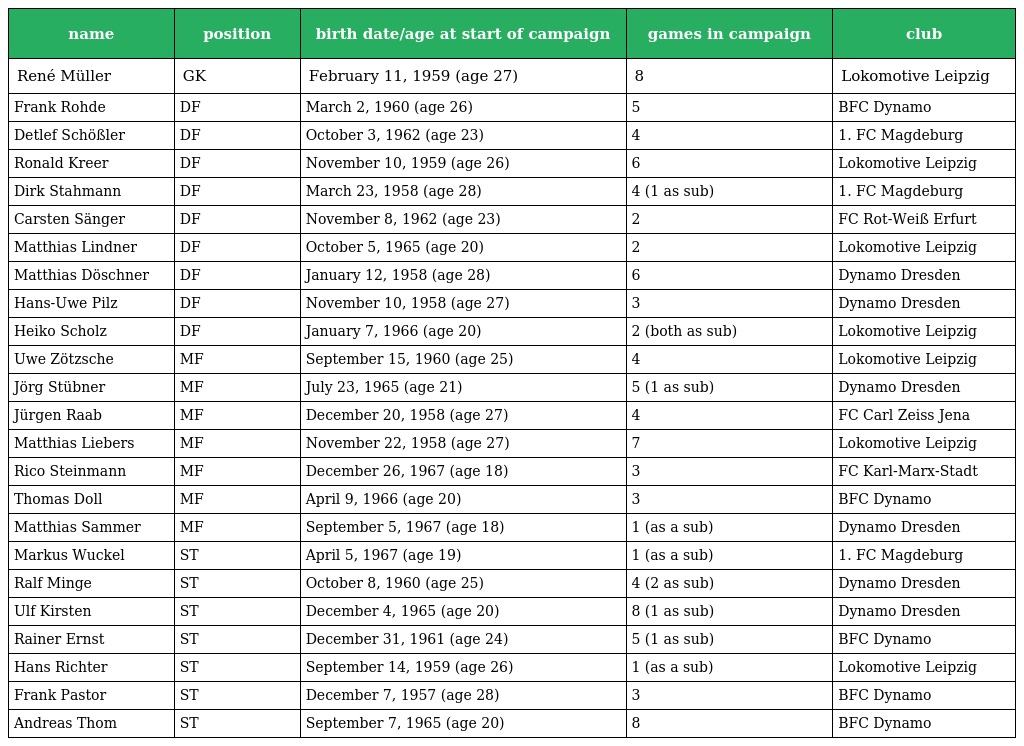
| name | position | birth date/age at start of campaign | games in campaign | club |
 | --- | --- | --- | --- | --- |
 | René Müller | GK | February 11, 1959 (age 27) | 8 | Lokomotive Leipzig |
 | Frank Rohde | DF | March 2, 1960 (age 26) | 5 | BFC Dynamo |
 | Detlef Schößler | DF | October 3, 1962 (age 23) | 4 | 1. FC Magdeburg |
 | Ronald Kreer | DF | November 10, 1959 (age 26) | 6 | Lokomotive Leipzig |
 | Dirk Stahmann | DF | March 23, 1958 (age 28) | 4 (1 as sub) | 1. FC Magdeburg |
 | Carsten Sänger | DF | November 8, 1962 (age 23) | 2 | FC Rot-Weiß Erfurt |
 | Matthias Lindner | DF | October 5, 1965 (age 20) | 2 | Lokomotive Leipzig |
 | Matthias Döschner | DF | January 12, 1958 (age 28) | 6 | Dynamo Dresden |
 | Hans-Uwe Pilz | DF | November 10, 1958 (age 27) | 3 | Dynamo Dresden |
 | Heiko Scholz | DF | January 7, 1966 (age 20) | 2 (both as sub) | Lokomotive Leipzig |
 | Uwe Zötzsche | MF | September 15, 1960 (age 25) | 4 | Lokomotive Leipzig |
 | Jörg Stübner | MF | July 23, 1965 (age 21) | 5 (1 as sub) | Dynamo Dresden |
 | Jürgen Raab | MF | December 20, 1958 (age 27) | 4 | FC Carl Zeiss Jena |
 | Matthias Liebers | MF | November 22, 1958 (age 27) | 7 | Lokomotive Leipzig |
 | Rico Steinmann | MF | December 26, 1967 (age 18) | 3 | FC Karl-Marx-Stadt |
 | Thomas Doll | MF | April 9, 1966 (age 20) | 3 | BFC Dynamo |
 | Matthias Sammer | MF | September 5, 1967 (age 18) | 1 (as a sub) | Dynamo Dresden |
 | Markus Wuckel | ST | April 5, 1967 (age 19) | 1 (as a sub) | 1. FC Magdeburg |
 | Ralf Minge | ST | October 8, 1960 (age 25) | 4 (2 as sub) | Dynamo Dresden |
 | Ulf Kirsten | ST | December 4, 1965 (age 20) | 8 (1 as sub) | Dynamo Dresden |
 | Rainer Ernst | ST | December 31, 1961 (age 24) | 5 (1 as sub) | BFC Dynamo |
 | Hans Richter | ST | September 14, 1959 (age 26) | 1 (as a sub) | Lokomotive Leipzig |
 | Frank Pastor | ST | December 7, 1957 (age 28) | 3 | BFC Dynamo |
 | Andreas Thom | ST | September 7, 1965 (age 20) | 8 | BFC Dynamo |